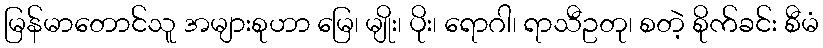
မြန်မာတောင်သူ အများစုဟာ မြေ၊ မျိုး၊ ပိုး၊ ရောဂါ၊ ရာသီဥတု၊ စတဲ့ စိုက်ခင်း စီမံ